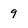
Character: 9